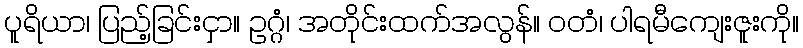
ပူရိယာ၊ ပြည့်ခြင်းငှာ။ ဥဂ္ဂံ၊ အတိုင်းထက်အလွန်။ ဝတံ၊ ပါရမီကျေးဇူးကို။